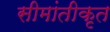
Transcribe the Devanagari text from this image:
सीमांतीकृत